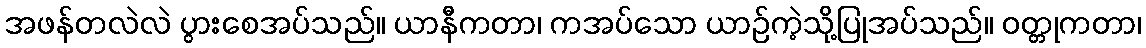
အဖန်တလဲလဲ ပွားစေအပ်သည်။ ယာနီကတာ၊ ကအပ်သော ယာဉ်ကဲ့သို့ပြုအပ်သည်။ ဝတ္တုကတာ၊